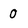
Character: 0